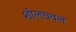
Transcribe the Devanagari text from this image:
शीलधवल